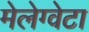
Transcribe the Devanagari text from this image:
मेलेग्वेटा